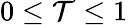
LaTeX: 0\le\mathcal{T}\le1